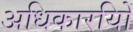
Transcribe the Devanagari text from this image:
अधिकारयिों